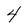
Character: 4